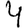
Digit: 4